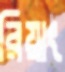
রিয়াং